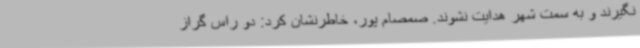
نگیرند و به سمت شهر هدایت نشوند. صمصام پور، خاطرنشان کرد: دو راس گراز